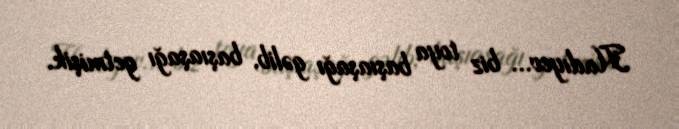
Hadıyev... biz toya başıaşağı gəlib, başıaşağı getmişik.